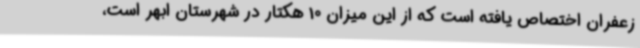
زعفران اختصاص یافته است که از این میزان 10 هکتار در شهرستان ابهر است،